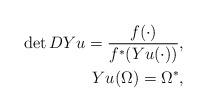
LaTeX: \begin{align*} \det DYu = \frac{f(\cdot)}{f^*(Yu(\cdot))},\\ Yu(\Omega) = \Omega^*, \end{align*}